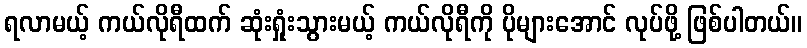
ရလာမယ့် ကယ်လိုရီထက် ဆုံးရှုံးသွားမယ့် ကယ်လိုရီကို ပိုများအောင် လုပ်ဖို့ ဖြစ်ပါတယ်။